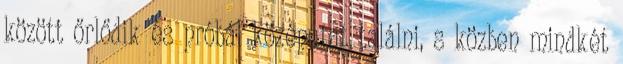
között őrlődik és próbál középutat találni, s közben mindkét